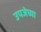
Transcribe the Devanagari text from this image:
उपजेच्या